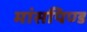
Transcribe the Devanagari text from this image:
मांसपिण्ड